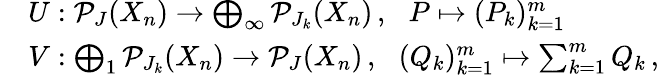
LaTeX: \begin{array}{rl}&{U:\mathcal{P}_{J}(X_{n})\to\bigoplus_{\infty}\mathcal{P}_{J_{k}}(X_{n})\, ,\, \, \, \, P\mapsto(P_{k})_{k=1}^{m}}\\ &{V:\bigoplus_{1}\mathcal{P}_{J_{k}}(X_{n})\to\mathcal{P}_{J}(X_{n})\, ,\, \, \, \, (Q_{k})_{k=1}^{m}\mapsto\sum_{k=1}^{m}Q_{k}\, ,}\end{array}